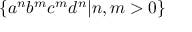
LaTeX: \{ a ^ { n } b ^ { m } c ^ { m } d ^ { n } | n , m > 0 \}